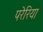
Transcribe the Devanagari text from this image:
परेरिया